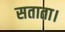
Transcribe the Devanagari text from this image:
सताता।